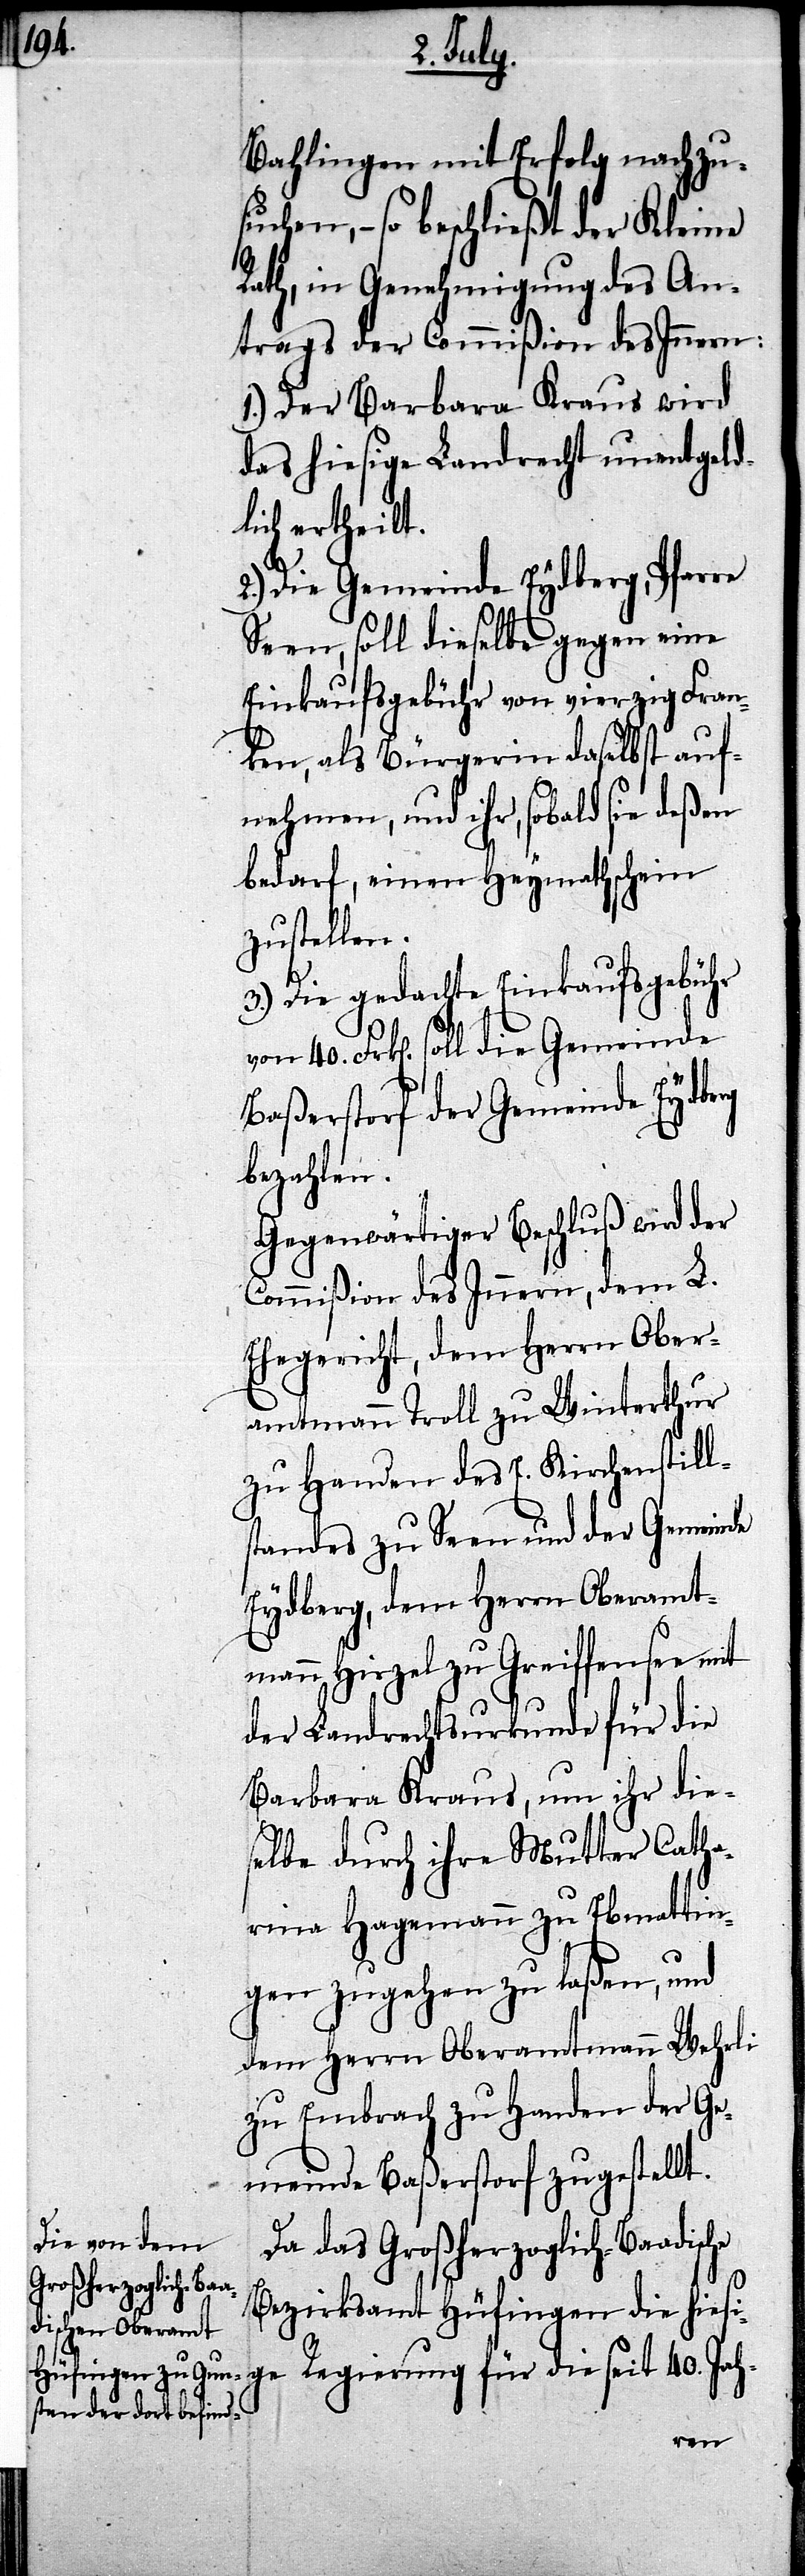
Bahlingen mit Erfolg nachzu¬
suchen, – so beschließt der Kleine
Rath, in Genehmigung des An¬
trags der Commißion des Innern:
1.) Der Barbara Kraus wird
das hiesige Landrecht unentgeld¬
lich ertheilt.
he
2.) Die Gemeinde Eydberg, Pfarre
Seen, soll dieselbe gegen eine
Einkaufsgebühr von vierzig Fran¬
ken, als Bürgerin daselbst auf¬
nehmen, und ihr, sobald sie deßen
bedarf, einen Heymathschein
zustellen.
3.) Die gedachte Einkaufsgebühr
40. Frk[en]. soll die Gemeinde
Baßerstorf der Gemeinde Eydberg
bezahlen.
Gegenwärtiger Beschluß wird der
Commißion des Innern, dem L
Ehegericht, dem Herrn Ober¬
amtmann Troll zu Winterthur
zu Handen des Kirchenstills¬
tandes zu Seen und der Gemeinde
Eydberg, dem Herrn Oberamt¬
mann Hirzel zu Greiffensee mit
der Landrechtsurkunde für die
Barbara Kraus, um ihr die¬
selbe durch ihre Mutter Catha¬
rina Hagemann zu Ebmattin¬
gen zugehen zu laßen, und
dem Herrn Oberamtmann Wehrli
zu Embrach zu Handen der Ge¬
meinde Baßerstorf zugestellt.
Da das Großherzoglich-Baadisc¬
Bezirksamt Hüfingen die hiesi¬
ge Regierung für die seit 40. Jah-
von